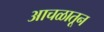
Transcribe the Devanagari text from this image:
आचळातून